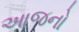
આજનો